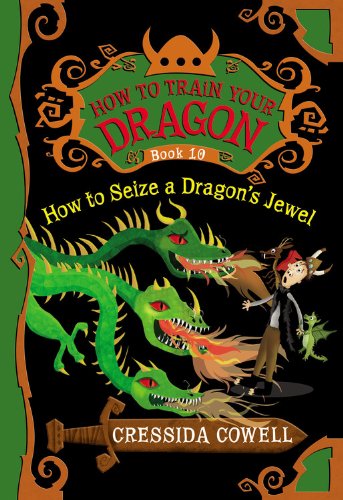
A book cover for How to Seize a Dragon's Jewel (How to Train Your Dragon); Cressida Cowell; Children's Books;